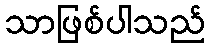
သာဖြစ်ပါသည်